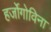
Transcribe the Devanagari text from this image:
हर्जोगोविना